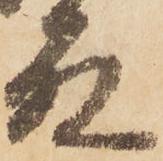
殿